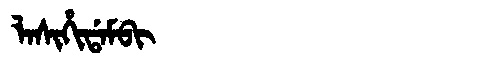
Manchu: ᠯᠠᠰᡳᡥᡳᡩᠠᠮᠪᡳ
Romanization: LASIHIDAMBI